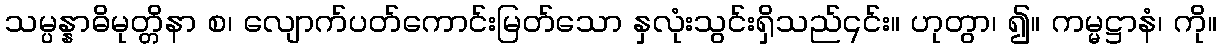
သမ္ပန္နာဓိမုတ္တိနာ စ၊ လျောက်ပတ်ကောင်းမြတ်သော နှလုံးသွင်းရှိသည်၎င်း။ ဟုတွာ၊ ၍။ ကမ္မဋ္ဌာနံ၊ ကို။